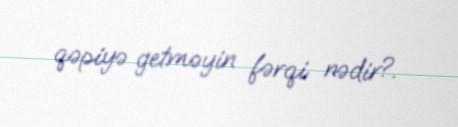
qəpiyə getməyin fərqi nədir?.